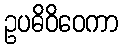
ဥပဓိဝိဝေကာ